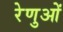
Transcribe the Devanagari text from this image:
रेणुओं